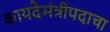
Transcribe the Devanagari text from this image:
कायदेमंत्रीपदाचा